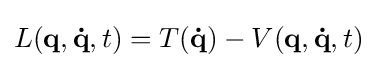
L(\mathbf {q} ,\mathbf {\dot {q}} ,t)=T(\mathbf {\dot {q}} )-V(\mathbf {q} ,\mathbf {\dot {q}} ,t)